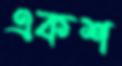
একশ